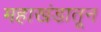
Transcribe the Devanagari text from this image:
महाखंडातून